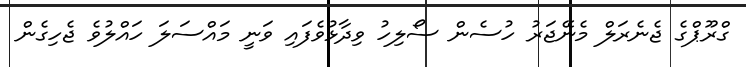
ގްރޫޕްގެ ޖެނެރަލް މެނޭޖަރު ހުސެން ސޯލިހު ވިދާޅުވެފައި ވަނީ މައްސަލަ ހައްލުވެ ޖެހިގެން